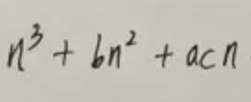
\[n^{3}+bn^{2}+acn\]